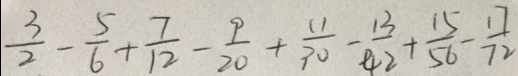
\frac { 3 } { 2 } - \frac { 5 } { 6 } + \frac { 7 } { 1 2 } - \frac { 9 } { 2 0 } + \frac { 1 1 } { 3 0 } - \frac { 1 3 } { 4 2 } + \frac { 1 5 } { 5 6 } - \frac { 1 7 } { 7 2 }